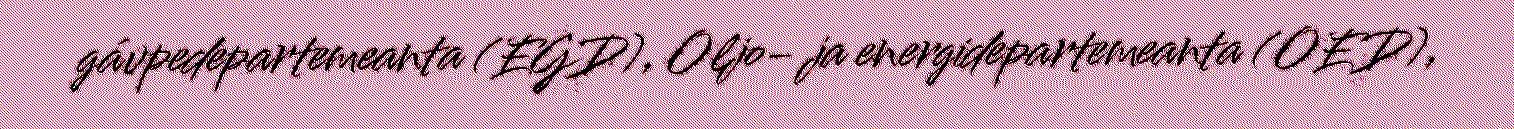
gávpedepartemeanta (EGD), Oljo- ja energidepartemeanta (OED),